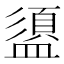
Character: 盨